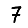
Digit: 7